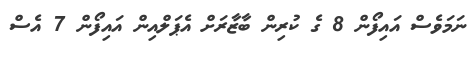
ނަމަވެސް އައިފޯން 8 ގެ ކުރިން ބާޒާރަށް އެޕަލްއިން އައިފޯން 7 އެސް